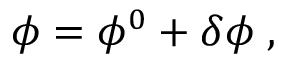
\phi = \phi ^ { 0 } + \delta \phi \; ,